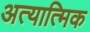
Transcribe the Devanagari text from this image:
अत्यात्मिक